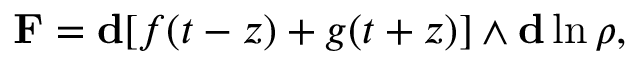
\mathbf { F } = \mathbf { d } [ f ( t - z ) + g ( t + z ) ] \wedge \mathbf { d } \ln { \rho } ,